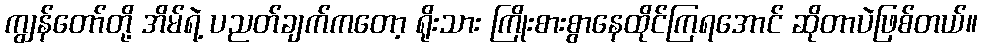
ကျွန်တော်တို့ အိမ်ရဲ့ ပညတ်ချက်ကတော့ ရိုးသား ကြိုးစားစွာနေထိုင်ကြရအောင် ဆိုတာပဲဖြစ်တယ်။